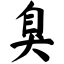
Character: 臭